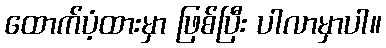
ထောက်ပံ့ထားမှာ ဖြစ်ပြီး ပါလာမှာပါ။